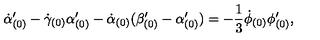
\dot { \alpha } _ { ( 0 ) } ^ { \prime } - \dot { \gamma } _ { ( 0 ) } \alpha _ { ( 0 ) } ^ { \prime } - \dot { \alpha } _ { ( 0 ) } ( \beta _ { ( 0 ) } ^ { \prime } - \alpha _ { ( 0 ) } ^ { \prime } ) = - \frac { 1 } { 3 } \dot { \phi } _ { ( 0 ) } \phi _ { ( 0 ) } ^ { \prime } ,